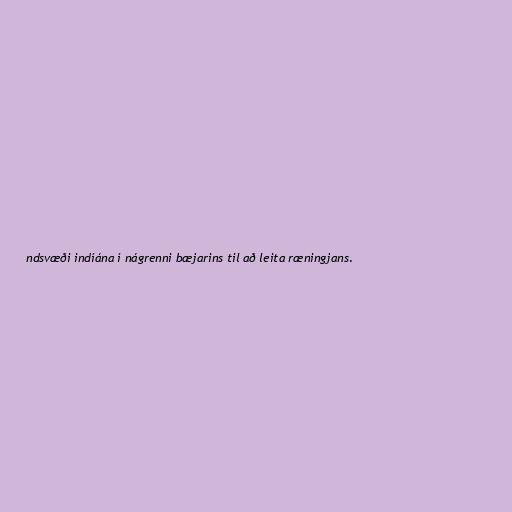
ndsvæði indíána í nágrenni bæjarins til að leita ræningjans.